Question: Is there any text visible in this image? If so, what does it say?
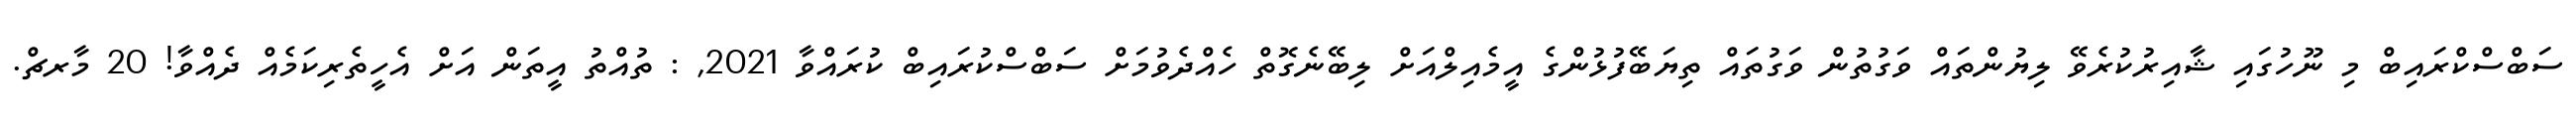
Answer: ސަބްސްކްރައިބް މި ނޫހުގައި ޝާއިރުކުރެވޭ ލިޔުންތައް ވަގުތުން ވަގުތައް ތިޔަބޭފުޅުންގެ އީމެއިލްއަށް ލިބޭނެގޮތް ހެއްދެވުމަށް ސަބްސްކުރައިބް ކުރައްވާ 2021, : ތުއްތު އީތަން އަށް އެހީތެރިކަމެއް ދެއްވާ! 20 މާރޗް.